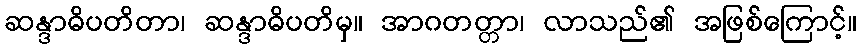
ဆန္ဒာဓိပတိတာ၊ ဆန္ဒာဓိပတိမှ။ အာဂတတ္တာ၊ လာသည်၏ အဖြစ်ကြောင့်။